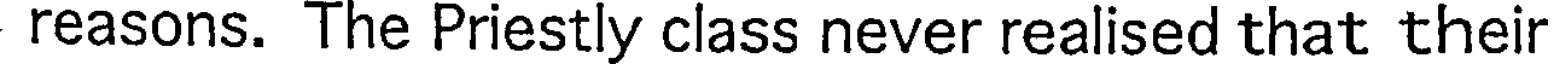
reasons. The Priestly class never realised that their